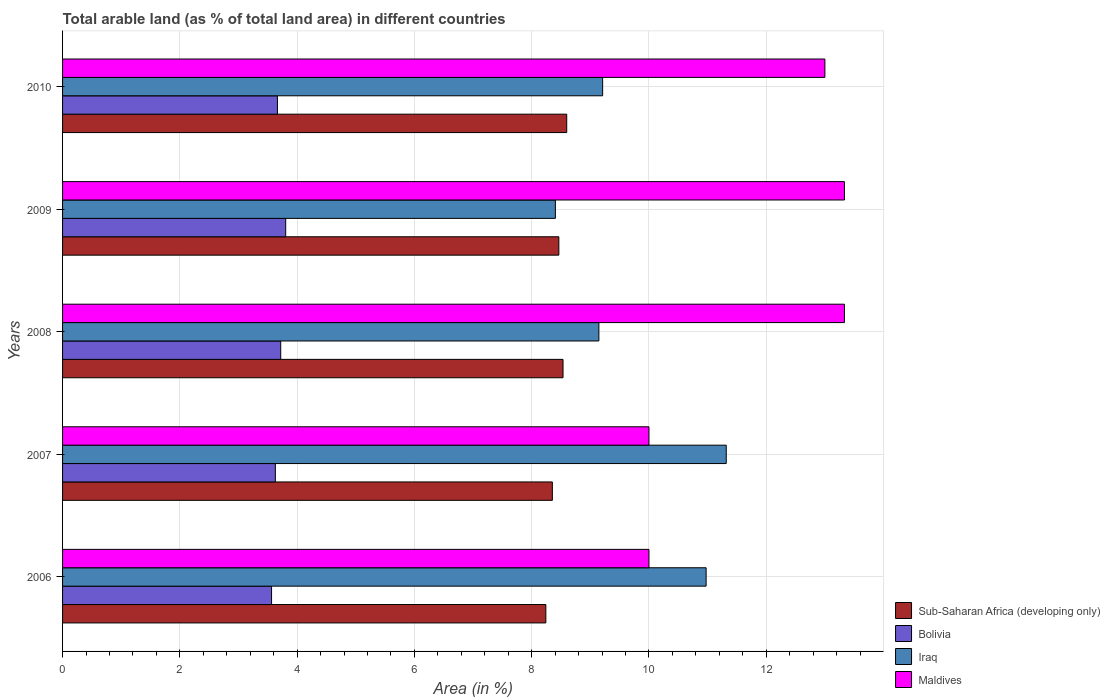
| Years | Sub-Saharan Africa (developing only) | Bolivia | Iraq | Maldives |
 | --- | --- | --- | --- | --- |
 | 2006 | 8.24 | 3.56 | 11 | 10 |
 | 2007 | 8.35 | 3.63 | 11.3 | 10 |
 | 2008 | 8.53 | 3.72 | 9.15 | 13.3 |
 | 2009 | 8.46 | 3.81 | 8.4 | 13.3 |
 | 2010 | 8.6 | 3.66 | 9.21 | 13 |